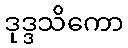
ဒုဒ္ဒသိကော